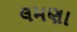
લમણા